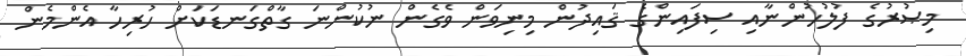
މިޞުރުގެ ފުލުހުންނާއި ސިފައިންގެ ޤައިދުން މިނިވަން ވެގެން ނުކުންނަ ގާތްގަނޑަކަށް ހުރިހާ އެންމެން